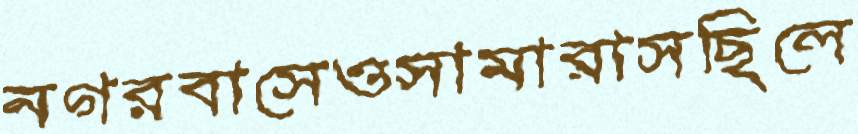
নগরবাসেওসামারাসছিলে